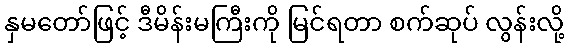
နှမတော်ဖြင့် ဒီမိန်းမကြီးကို မြင်ရတာ စက်ဆုပ် လွန်းလို့